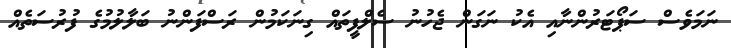
ނަމަވެސް ސަޕޯޓަރުންނާއި އެކު ނަގަން ޖެހުނު ސެލްފީތައް ގިނަކަމުން ރަސްފަންނު ބަލާލުމުގެ ފުރުސަތެއް